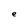
Character: e